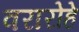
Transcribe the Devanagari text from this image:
वरारोहे